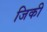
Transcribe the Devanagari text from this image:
जिकी